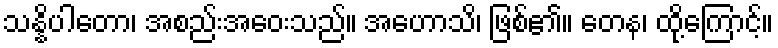
သန္နိပါတော၊ အစည်းအဝေးသည်။ အဟောသိ၊ ဖြစ်၏။ တေန၊ ထို့ကြောင့်။